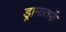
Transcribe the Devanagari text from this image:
ड्रामातर्फे